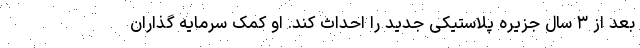
بعد از ۳ سال جزیره پلاستیکی جدید را احداث کند. او کمک سرمایه گذاران